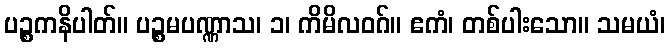
ပဉ္စကနိပါတ်။ ပဉ္စမပဏ္ဏာသ၊ ၁၊ ကိမိလဝဂ်။ ဧကံ၊ တစ်ပါးသော။ သမယံ၊